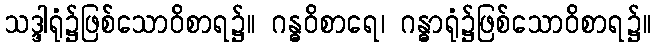
သဒ္ဒါရုံ၌ဖြစ်သောဝိစာရ၌။ ဂန္ဓဝိစာရေ၊ ဂန္ဓာရုံ၌ဖြစ်သောဝိစာရ၌။